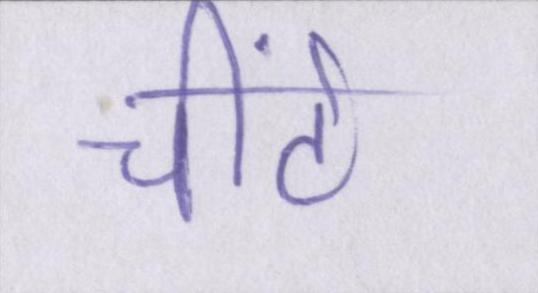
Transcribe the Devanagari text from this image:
चींटे